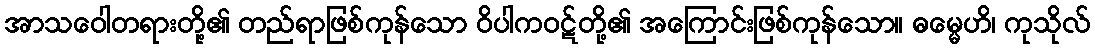
အာသဝေါတရားတို့၏ တည်ရာဖြစ်ကုန်သော ဝိပါကဝဋ်တို့၏ အကြောင်းဖြစ်ကုန်သော။ ဓမ္မေဟိ၊ ကုသိုလ်